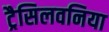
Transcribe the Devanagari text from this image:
ट्रैसिलवनिया